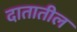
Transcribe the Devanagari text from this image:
दातातील